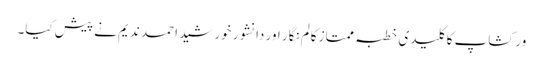
ورکشاپ کا کلیدی خطبہ ممتاز کالم نگار اور دانشور خورشید احمد ندیم نے پیش کیا۔